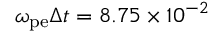
\omega _ { \mathrm { p e } } \Delta t = 8 . 7 5 \times 1 0 ^ { - 2 }